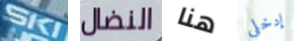
SKI النضال هنا إدخلي